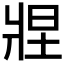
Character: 𬌂